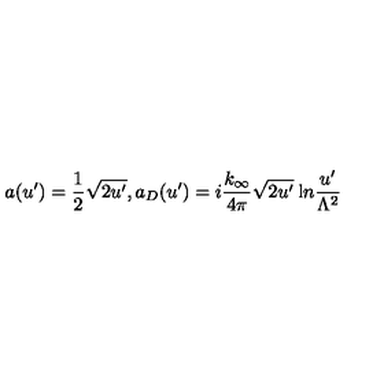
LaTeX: a ( u ^ { \prime } ) = \frac { 1 } { 2 } \sqrt { 2 u ^ { \prime } } , a _ { D } ( u ^ { \prime } ) = i \frac { k _ { \infty } } { 4 \pi } \sqrt { 2 u ^ { \prime } } \: { \mathrm { l } n } \frac { u ^ { \prime } } { \Lambda ^ { 2 } }